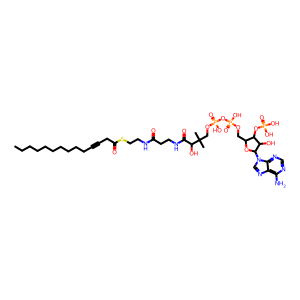
SMILES: CCCCCCCCCCC#CCC(=O)SCCNC(=O)CCNC(=O)C(O)C(C)(C)COP(=O)(O)OP(=O)(O)OCC1OC(n2cnc3c(N)ncnc32)C(O)C1OP(=O)(O)O
Inhibits HIV replication: No